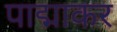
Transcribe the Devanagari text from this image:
पाद्माकर